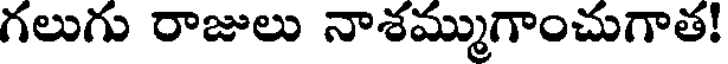
గలుగు రాజులు నాశమ్ముగాంచుగాత!